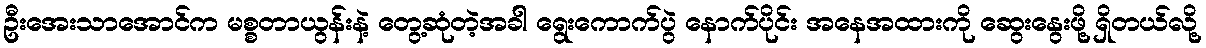
ဦးအေးသာအောင်က မစ္စတာယွန်းနဲ့ တွေ့ဆုံတဲ့အခါ ရွေးကောက်ပွဲ နောက်ပိုင်း အနေအထားကို ဆွေးနွေးဖို့ ရှိတယ်လို့